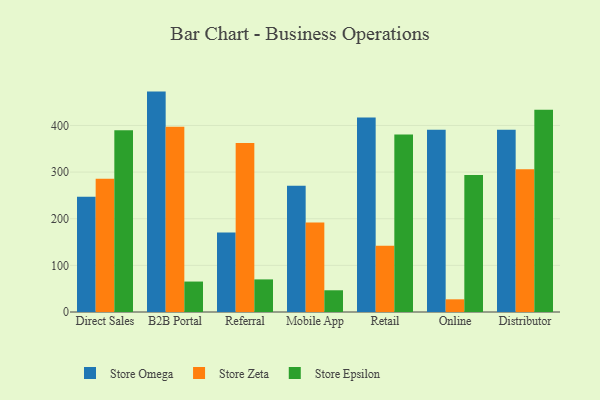
{"axis": {"x": "Channel", "y": "Demand Index"}, "legend": ["Store Epsilon", "Store Omega", "Store Zeta"], "data": [{"x": "Direct Sales", "y": 247.3, "type": "Store Omega"}, {"x": "Direct Sales", "y": 285.7, "type": "Store Zeta"}, {"x": "Direct Sales", "y": 389.8, "type": "Store Epsilon"}, {"x": "B2B Portal", "y": 472.6, "type": "Store Omega"}, {"x": "B2B Portal", "y": 397.0, "type": "Store Zeta"}, {"x": "B2B Portal", "y": 65.3, "type": "Store Epsilon"}, {"x": "Referral", "y": 170.3, "type": "Store Omega"}, {"x": "Referral", "y": 362.2, "type": "Store Zeta"}, {"x": "Referral", "y": 69.9, "type": "Store Epsilon"}, {"x": "Mobile App", "y": 270.8, "type": "Store Omega"}, {"x": "Mobile App", "y": 192.0, "type": "Store Zeta"}, {"x": "Mobile App", "y": 46.6, "type": "Store Epsilon"}, {"x": "Retail", "y": 416.9, "type": "Store Omega"}, {"x": "Retail", "y": 142.3, "type": "Store Zeta"}, {"x": "Retail", "y": 380.7, "type": "Store Epsilon"}, {"x": "Online", "y": 390.7, "type": "Store Omega"}, {"x": "Online", "y": 27.2, "type": "Store Zeta"}, {"x": "Online", "y": 293.7, "type": "Store Epsilon"}, {"x": "Distributor", "y": 390.6, "type": "Store Omega"}, {"x": "Distributor", "y": 306.1, "type": "Store Zeta"}, {"x": "Distributor", "y": 433.9, "type": "Store Epsilon"}]}